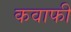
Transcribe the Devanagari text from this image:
कवाफी